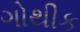
ગોથીક